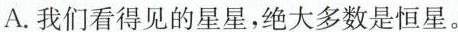
A.我们看得见的星星，绝大多数是恒星。